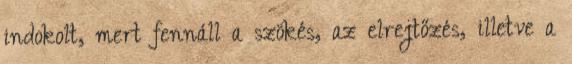
indokolt, mert fennáll a szökés, az elrejtőzés, illetve a